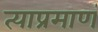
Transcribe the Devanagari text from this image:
त्याप्रमाणं